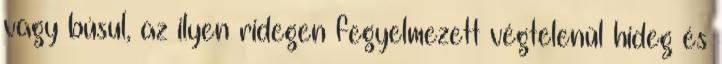
vagy búsul, az ilyen ridegen fegyelmezett végtelenül hideg és